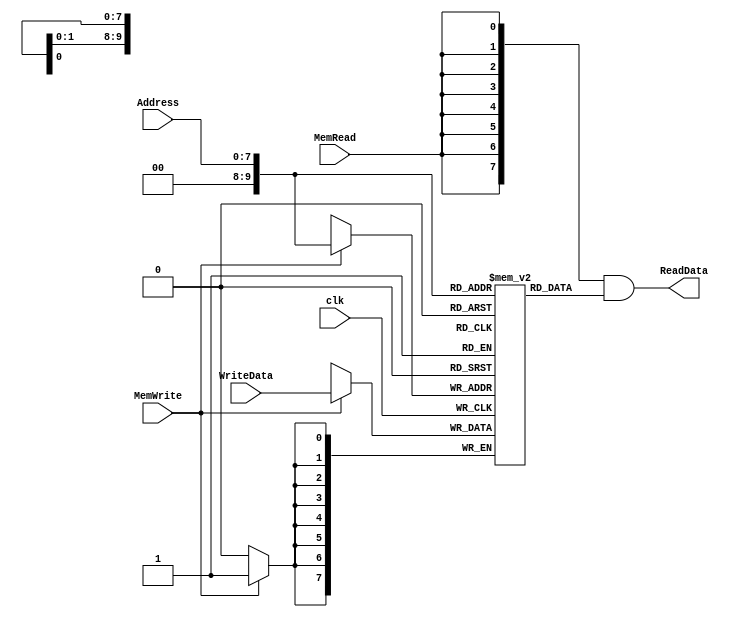
module DataMemory 
#(	parameter DATA_WIDTH=8, 
	parameter MEMORY_DEPTH = 1024

)
(
	input [DATA_WIDTH-1:0] WriteData,
	input [DATA_WIDTH-1:0]  Address,
	input MemWrite,MemRead, clk,
	output  [DATA_WIDTH-1:0]  ReadData
);
	
	// Declare the RAM variable
	reg [DATA_WIDTH-1:0] ram[MEMORY_DEPTH-1:0];
	wire [DATA_WIDTH-1:0] ReadDataAux;

	always @ (posedge clk)
	begin
		// Write
		if (MemWrite)
			ram[Address] <= WriteData;
	end
	assign ReadDataAux = ram[Address];
  	assign ReadData = {DATA_WIDTH{MemRead}}& ReadDataAux;

endmodule